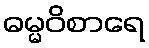
ဓမ္မဝိစာရေ